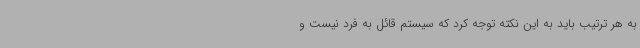
به هر ترتیب باید به این نکته توجه کرد که سیستم قائل به فرد نیست و